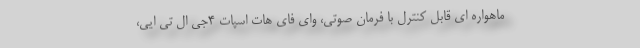
ماهواره ای قابل کنترل با فرمان صوتی، وای فای هات اسپات 4جی ال تی ایی،